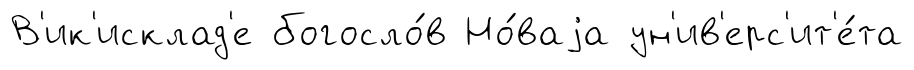
В'ик'исклад'е богосло́в Но́ваjа ун'ив'ерс'ит'е́та